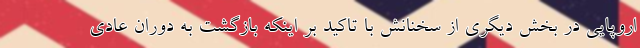
اروپایی در بخش دیگری از سخنانش با تاکید بر اینکه بازگشت به دوران عادی